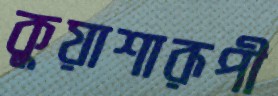
কুয়াশারূপী